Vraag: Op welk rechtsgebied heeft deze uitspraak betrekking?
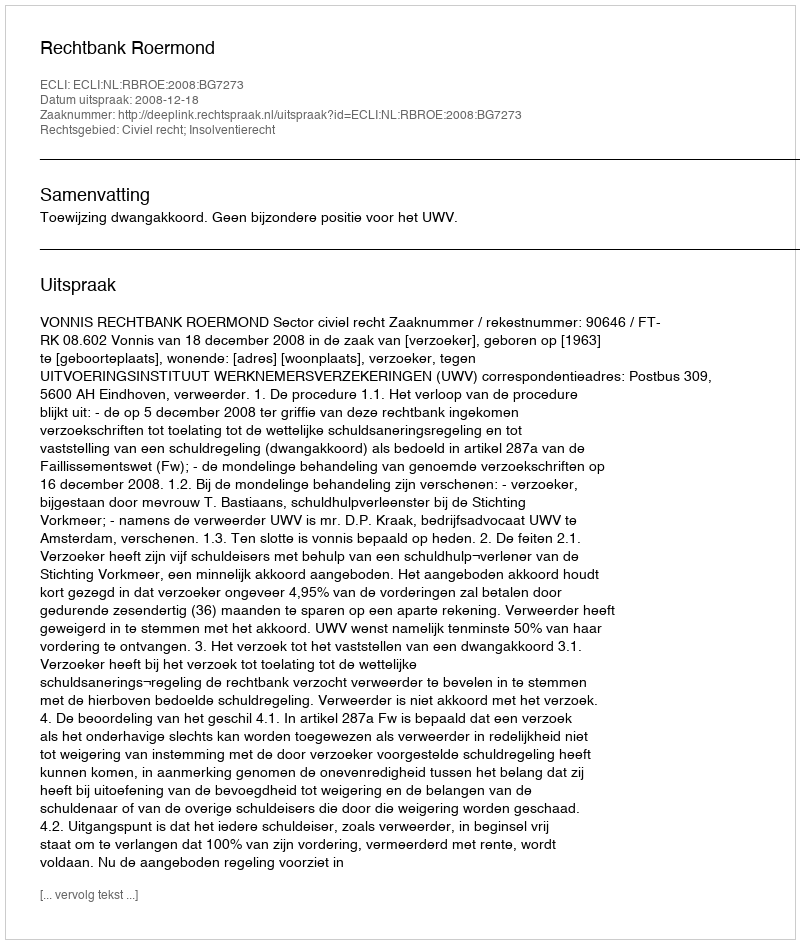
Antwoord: Civiel recht; Insolventierecht